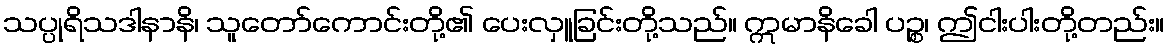
သပ္ပုရိသဒါနာနိ၊ သူတော်ကောင်းတို့၏ ပေးလှူခြင်းတို့သည်။ ဣမာနိခေါ ပဉ္စ၊ ဤငါးပါးတို့တည်း။